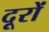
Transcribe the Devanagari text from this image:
दूरों